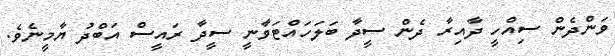
ވަންދެން ސިއްހީ ދާއިރާ ދެން ސީދާ ބަލަހައްޓަވާނީ ސީދާ ރައީސް އަބްދު ޔާމީނެވެ.